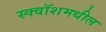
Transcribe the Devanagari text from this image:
स्क्वॉशमधील